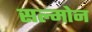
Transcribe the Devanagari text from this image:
सल्मोन